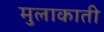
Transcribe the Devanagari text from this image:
मुलाकाती